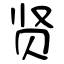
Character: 贤